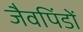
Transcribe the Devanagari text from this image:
जैवपिंडों